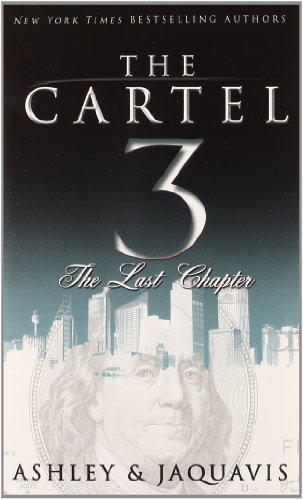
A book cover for The Cartel 3:: The Last Chapter (Urban Books); Ashley; Literature & Fiction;